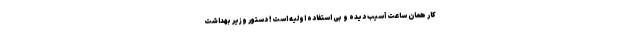
کار همان ساعت آسیب دیده و بی استفاده اولیه است! دستور وزیر بهداشت